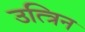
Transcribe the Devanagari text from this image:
उत्त्रिन